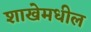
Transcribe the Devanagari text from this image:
शाखेमधील